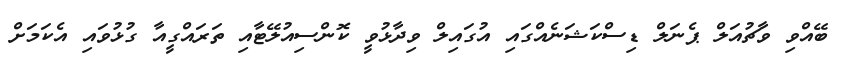
ބޭއްވި ވާޗުއަލް ޕެނަލް ޑިސްކަޝަނެއްގައި އުގައިލް ވިދާޅުވީ ކޮންސިއުލޭޓާއި ތަރައްގީއާ ގުޅުވައި އެކަމަށް